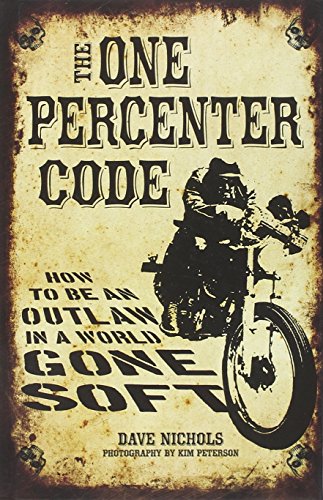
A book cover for The One Percenter Code: How to Be an Outlaw in a World Gone Soft; Dave Nichols; Biographies & Memoirs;